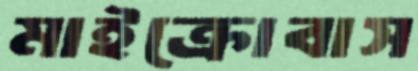
মাইক্রোবাস